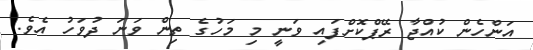
އަންހެން ކުއްޖާ ރޭޕްކޮށްފައި ވަނީ މި މަހުގެ ތިން ވަނަ ދުވަހު އެވެ.